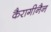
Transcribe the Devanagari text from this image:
कैरागीनैन